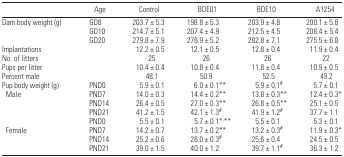
|  | Age | Control | BDE01 | BDE10 | A1254 |
 | --- | --- | --- | --- | --- | --- |
 | Dam body weight (g) | GD8 | 203.7 ± 5.3 | 198.8 ± 5.3 | 203.9 ± 4.8 | 200.1 ± 5.8 |
 |  | GD10 | 214.7 ± 5.1 | 207.4 ± 4.9 | 212.5 ± 4.5 | 208.4 ± 5.4 |
 |  | GD20 | 279.8 ± 7.9 | 276.9 ± 5.2 | 282.8 ± 7.1 | 275.5 ± 6.8 |
 | Implantations |  | 12.2 ± 0.5 | 12.1 ± 0.5 | 12.8 ± 0.4 | 11.9 ± 0.4 |
 | No. of litters |  | 25 | 26 | 26 | 22 |
 | Pups per litter |  | 10.4 ± 0.4 | 10.8 ± 0.4 | 11.8 ± 0.4 | 10.9 ± 0.5 |
 | Percent male |  | 48.1 | 50.9 | 52.5 | 49.2 |
 | Pup body weight (g) | PND0 | 5.9 ± 0.1 | 6.0 ± 0.1** | 5.9 ± 0.1# | 5.7 ± 0.1 |
 | Male | PND7 | 14.0 ± 0.3 | 14.4 ± 0.2** | 13.8 ± 0.3** | 12.4 ± 0.3* |
 |  | PND14 | 26.4 ± 0.5 | 27.0 ± 0.3** | 26.8 ± 0.5** | 25.1 ± 0.5 |
 |  | PND21 | 41.2 ± 1.5 | 42.1 ± 1.3# | 41.9 ± 1.2# | 37.7 ± 1.1 |
 |  | PND0 | 5.5 ± 0.1 | 5.7 ± 0.1*,** | 5.5 ± 0.1 | 5.3 ± 0.1 |
 | Female | PND7 | 14.2 ± 0.7 | 13.7 ± 0.2** | 13.2 ± 0.3# | 11.9 ± 0.3* |
 |  | PND14 | 25.2 ± 0.6 | 26.0 ± 0.3# | 25.6 ± 0.4 | 24.5 ± 0.5 |
 |  | PND21 | 39.0 ± 1.5 | 40.0 ± 1.2 | 39.7 ± 1.1# | 36.3 ± 1.2 |